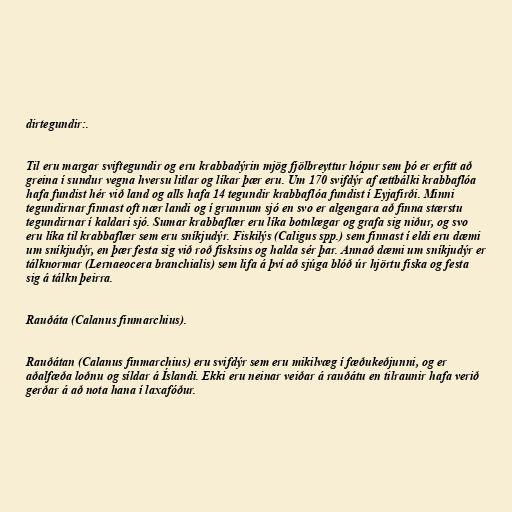
dirtegundir:.

Til eru margar sviftegundir og eru krabbadýrin mjög fjölbreyttur hópur sem þó er erfitt að
greina í sundur vegna hversu litlar og líkar þær eru. Um 170 svifdýr af ættbálki krabbaflóa
hafa fundist hér við land og alls hafa 14 tegundir krabbaflóa fundist í Eyjafirði. Minni
tegundirnar finnast oft nær landi og í grunnum sjó en svo er algengara að finna stærstu
tegundirnar í kaldari sjó. Sumar krabbaflær eru líka botnlægar og grafa sig niður, og svo
eru líka til krabbaflær sem eru sníkjudýr. Fiskilýs (Caligus spp.) sem finnast í eldi eru dæmi
um sníkjudýr, en þær festa sig við roð fisksins og halda sér þar. Annað dæmi um sníkjudýr er
tálknormar (Lernaeocera branchialis) sem lifa á því að sjúga blóð úr hjörtu fiska og festa
sig á tálkn þeirra.

Rauðáta (Calanus finmarchius).

Rauðátan (Calanus finmarchius) eru svifdýr sem eru mikilvæg í fæðukeðjunni, og er
aðalfæða loðnu og síldar á Íslandi. Ekki eru neinar veiðar á rauðátu en tilraunir hafa verið
gerðar á að nota hana í laxafóður.